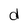
Character: d